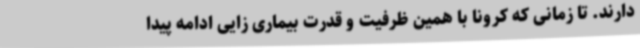
دارند. تا زمانی که کرونا با همین ظرفیت و قدرت بیماری زایی ادامه پیدا